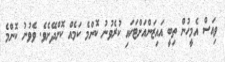
ވިއަސް އެމީހުން ތިބީ އައިޒަންއަށްޓަކައި ކުރެވުނު ކޮންމެ ކަމެއް ކޮށްދޭށެވެ. ވެވުނު ކޮންމެ